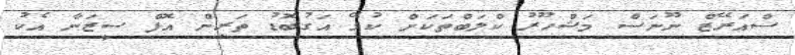
ސްއަރޭޒް ނޫނަސް މަޝްހޫރު ކްލަބްތަކަށް ކުޅޭ އަގުބޮޑު ތަރިން އޮފް ސީޒަނާ އެކު